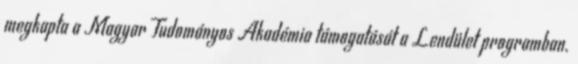
megkapta a Magyar Tudományos Akadémia támogatását a Lendület programban.